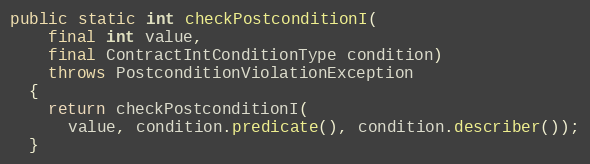
Language: Java
public static int checkPostconditionI(
    final int value,
    final ContractIntConditionType condition)
    throws PostconditionViolationException
  {
    return checkPostconditionI(
      value, condition.predicate(), condition.describer());
  }